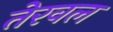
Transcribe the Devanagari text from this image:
तेरवल